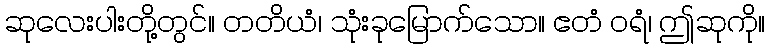
ဆုလေးပါးတို့တွင်။ တတိယံ၊ သုံးခုမြောက်သော။ ဧတံ ဝရံ၊ ဤဆုကို။